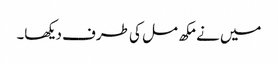
میں نے مکھ مل کی طرف دیکھا۔